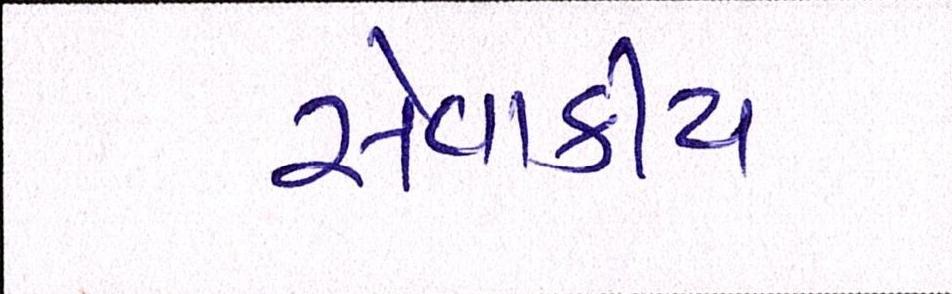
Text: સેવાકીય